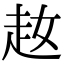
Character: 𧺜